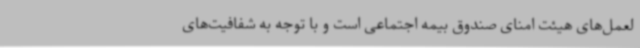
لعمل‌های هیئت امنای صندوق بیمه اجتماعی است و با توجه به شفافیت‌های